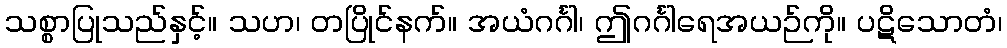
သစ္စာပြုသည်နှင့်။ သဟ၊ တပြိုင်နက်။ အယံဂင်္ဂါ၊ ဤဂင်္ဂါရေအယဉ်ကို။ ပဋိသောတံ၊